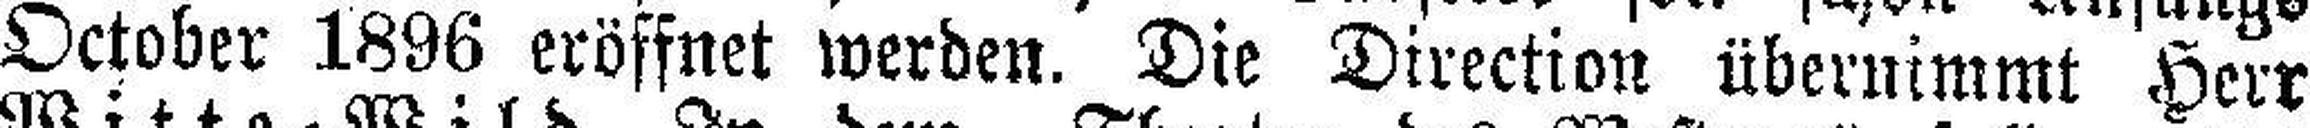
October 1896 eröffnet werden. Die Direction übernimmt Herr